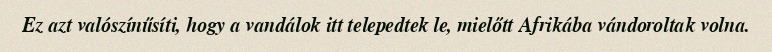
Ez azt valószínűsíti, hogy a vandálok itt telepedtek le, mielőtt Afrikába vándoroltak volna.